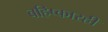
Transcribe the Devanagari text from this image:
बहिष्कारही